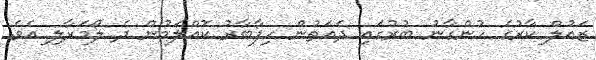
ޒައުލް ކާރުގެ ހުންގާނު ބުރުގައި ދެއަތުން ހިފާބާރު ކޮއްލަމުން ދެ ލޯމަރާލި އެވެ.